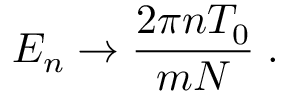
E _ { n } \rightarrow { \frac { 2 \pi n T _ { 0 } } { m N } } \; .